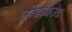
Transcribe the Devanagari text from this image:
लीडआउट